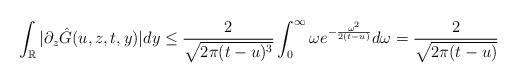
LaTeX: \begin{align*}\int_{\mathbb{R}} |\partial_z \hat{G}(u,z,t,y)|dy \le \frac{2}{\sqrt{2\pi(t-u)^3}} \int_{0}^{\infty} \omega e^{-\frac{\omega^2}{2(t-u)}}d\omega=\frac{2}{\sqrt{2\pi(t-u)}}\end{align*}